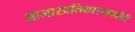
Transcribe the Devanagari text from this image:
आजारप्रतिकारशक्तीही